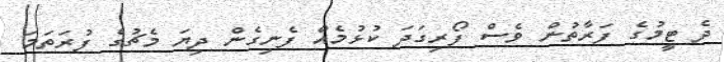
ދެ ޓީމުގެ ފަރާތުން ވެސް ފޯރިގަދަ ކުޅުމެއް ފެނިގެން ދިޔަ މެޗުގެ ފުރަތަމަ